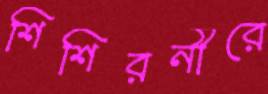
শিশিরনীরে